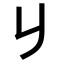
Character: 𠂈